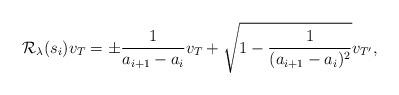
LaTeX: \begin{align*}\mathcal{R}_\lambda(s_i)v_T=\pm\frac{1}{a_{i+1}-a_{i}}v_{T}+\sqrt{1-\frac{1}{(a_{i+1}-a_{i})^2}}v_{T'},\end{align*}